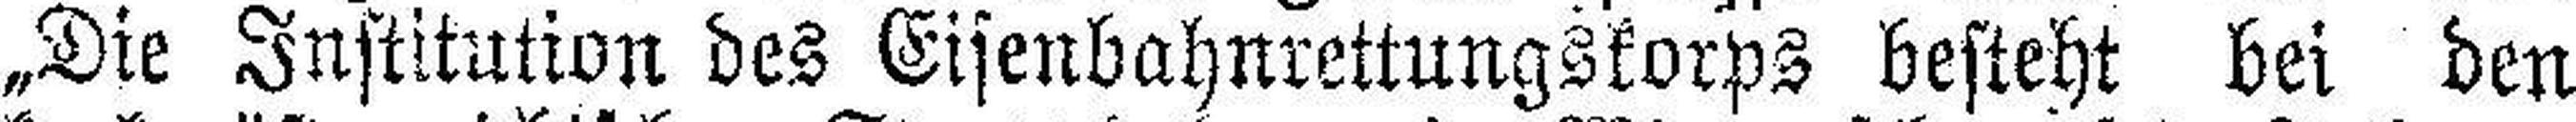
„Die Institution des Eisenbahnrettungskorps besteht bei den